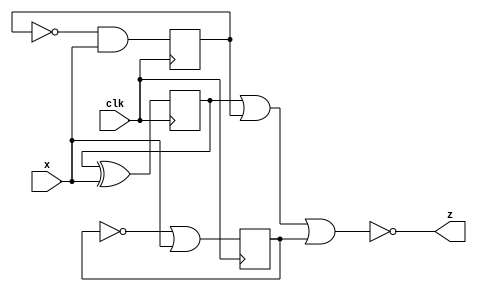
module top_module (
    input clk,
    input x,
    output z
); 

    wire w1, w2, w3;  // 

    reg q1 = 1'b0;  // 
    reg q2 = 1'b0;
    reg q3 = 1'b0;
    
    assign w1 = q1 ^ x;
    assign w2 = !q2 & x;
    assign w3 = !q3 | x;

    always @(posedge clk) begin
        q1 <= w1;
        q2 <= w2;
        q3 <= w3;
    end
    

    assign z = ~(q1 | q2 | q3);
endmodule